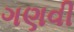
ગણવી